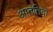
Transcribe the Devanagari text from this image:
आततियों